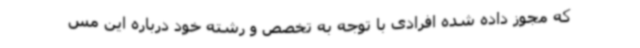
که مجوز داده شده افرادی با توجه به تخصص و رشته‌ خود درباره این مس